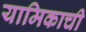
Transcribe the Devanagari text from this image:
यामिकाची